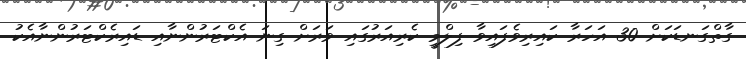
ގާތްގަނޑަކަށް 30 އަހަރާ ކައިރިވެފައިވާ ފިލްމީ ކެރިއަރުގައި ވަރަށް ގިނަ އެކްޓަރުންނާއި ޑައިރެކްޓަރުންނާއެކު